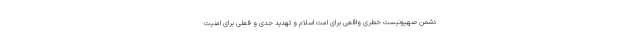
دشمن صهیونیست خطری واقعی برای امت اسلام و تهدید جدی و فعلی برای امنیت